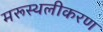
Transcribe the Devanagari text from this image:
मरूस्थलीकरण